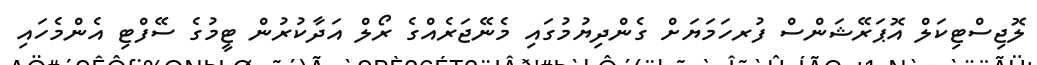
ލޮޖިސްޓިކަލް އޮޕަރޭޝަންސް ފުރހަމަޔަށް ގެންދިޔުމުގައި މެނޭޖަރެއްގެ ރޯލް އަދާކުރުން ޓީމުގެ ސޭފްޓި އެންމެހައި